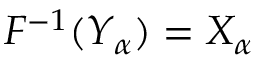
F ^ { - 1 } ( Y _ { \alpha } ) = X _ { \alpha }